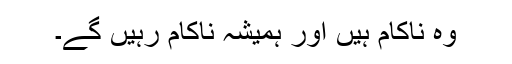
وہ ناکام ہیں اور ہمیشہ ناکام رہیں گے۔